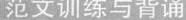
范文训练与背诵